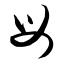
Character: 母